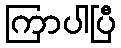
ကြာပါပြီ